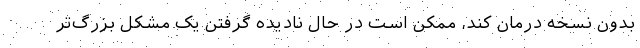
بدون نسخه درمان کند، ممکن است در حال نادیده گرفتن یک مشکل بزرگ‌تر